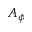
A _ { \phi }